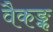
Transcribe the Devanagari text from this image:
वैकङ्क